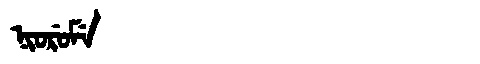
Manchu: ᠨᡳᠣᡵᡠᠮᡝ
Romanization: NIORUME